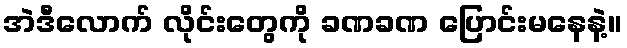
အဲဒီလောက် လိုင်းတွေကို ခဏခဏ ပြောင်းမနေနဲ့။